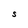
Character: S